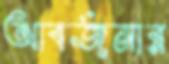
আবর্জনার